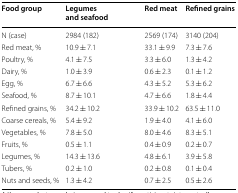
<table><thead><tr><td><b>Food group</b></td><td><b>Legumes and seafood</b></td><td><b>Red meat</b></td><td><b>Refined grains</b></td></tr></thead><tbody><tr><td>N (case)</td><td>2984 (182)</td><td>2569 (174)</td><td>3140 (204)</td></tr><tr><td>Red meat, %</td><td>10.9 ± 7.1</td><td>33.1 ± 9.9</td><td>7.3 ± 7.6</td></tr><tr><td>Poultry, %</td><td>4.1 ± 7.5</td><td>3.3 ± 6.0</td><td>1.3 ± 4.2</td></tr><tr><td>Dairy, %</td><td>1.0 ± 3.9</td><td>0.6 ± 2.3</td><td>0.1 ± 1.2</td></tr><tr><td>Egg, %</td><td>6.7 ± 6.6</td><td>4.3 ± 5.2</td><td>5.3 ± 6.2</td></tr><tr><td>Seafood, %</td><td>8.7 ± 10.1</td><td>4.7 ± 6.6</td><td>1.8 ± 4.4</td></tr><tr><td>Refined grains, %</td><td>34.2 ± 10.2</td><td>33.9 ± 10.2</td><td>63.5 ± 11.0</td></tr><tr><td>Coarse cereals, %</td><td>5.4 ± 9.2</td><td>1.9 ± 4.0</td><td>4.1 ± 6.0</td></tr><tr><td>Vegetables, %</td><td>7.8 ± 5.0</td><td>8.0 ± 4.6</td><td>8.3 ± 5.1</td></tr><tr><td>Fruits, %</td><td>0.5 ± 1.1</td><td>0.4 ± 0.9</td><td>0.2 ± 0.7</td></tr><tr><td>Legumes, %</td><td>14.3 ± 13.6</td><td>4.8 ± 6.1</td><td>3.9 ± 5.8</td></tr><tr><td>Tubers, %</td><td>0.2 ± 1.0</td><td>0.2 ± 0.8</td><td>0.1 ± 0.4</td></tr><tr><td>Nuts and seeds, %</td><td>1.3 ± 4.2</td><td>0.7 ± 2.5</td><td>0.5 ± 2.6</td></tr></tbody></table>